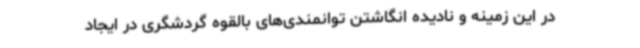
در این زمینه و نادیده انگاشتن توانمندی‌های بالقوه گردشگری در ایجاد